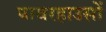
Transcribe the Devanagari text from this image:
पावरहाउसों